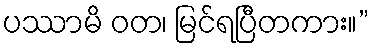
ပဿာမိ ဝတ၊ မြင်ရပြီတကား။”